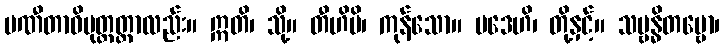
ပဏီတာဓိမုတ္တတ္တာလည်း။ ဣတိ၊ သို့။ တီဟိပိ၊ ကုန်သော။ ပဒေဟိ၊ တို့နှင့်။ သမ္ဗန္ဓိတဗ္ဗော၊